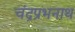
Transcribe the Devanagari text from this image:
चंद्रप्रभनाथ